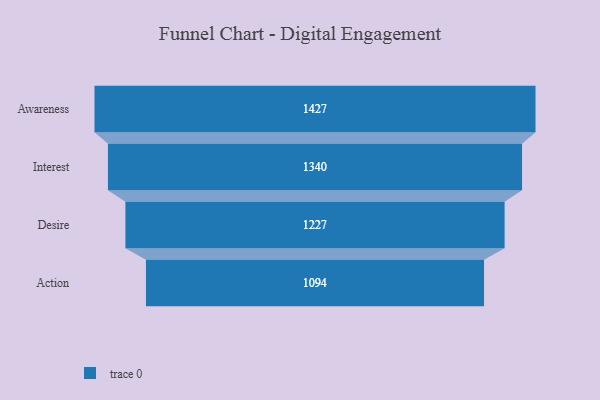
{"axis": {"x": "Stage", "y": "Value"}, "legend": [""], "data": [{"x": "Awareness", "y": 1427.0, "type": ""}, {"x": "Interest", "y": 1340.0, "type": ""}, {"x": "Desire", "y": 1227.0, "type": ""}, {"x": "Action", "y": 1094.0, "type": ""}]}